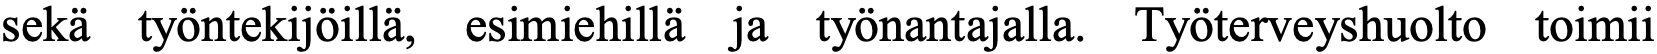
sekä työntekijöillä, esimiehillä ja työnantajalla. Työterveyshuolto toimii